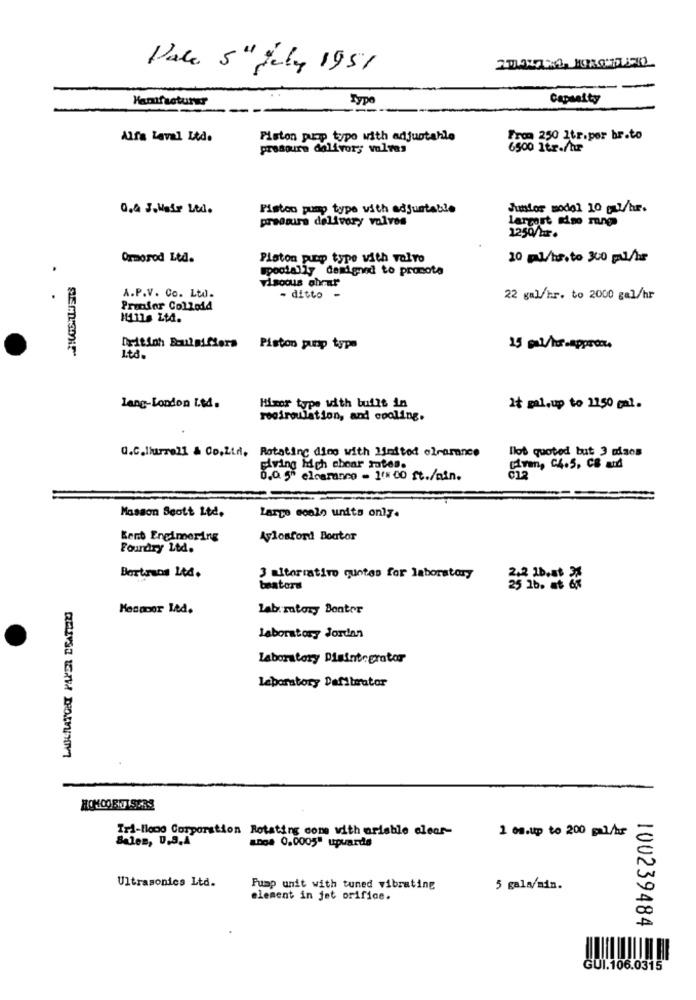
Pale 5" july 1951
-
Hanifacturar
Typo
Capsalty
Alfa Laval Ltd.
Piston pump type with adjuntahle
From 250 1tr.por br.to
prosours dalivor; valves
6500 1tr./h
0.& J.Hair Ltd.
Piston pump type with adjustable
Junior model 10 gul/hr.
predaura delivery volvos
largest ino mng
1250/hr.
Ormorod Ltd.
Platon pump type with volvo
20 ml/hs, to 300 pil/hr
.
specially designed to promote
viscous ahrar
A.P.V. Co. Ltd.
- ditto -
22 gal/hr. to 2000 gal/hr
Pronfor Colloid
1111s Ltd.
Dyitinh Boulmiflera Piston pump typ
25 mal/her-approx.
Ltd.
lang-London I.M.
Hixor type with built in
It mal.up to 1150 gal.
recirculation, and cooling.
O.C.lburrell & Co.Ltd, Rotating dies with limited clearance
lot quoted but 3 misos
Giving ich cboar rates.
Crm, C4.5, CB atd
6.0 5 clearance - 1000 ft./min.
Masson Scott Ltd.
Large scale units only.
Kent Eneimering
Aplosford Boutor
Foundry Ltd.
Bortasos L4d.
3 aitorrativo quotes for laboratory
2.2 1b,st
beatora
25 1b. at 6x
Hesapor Led.
lab.matory Bonter
laboratory Jordan
Laboratory Diaintegrator
laboratory Daliberator
Tri-llooo Corporation Rotating come with ariable clear-
1 os.up to 200 pal/br
Sales, 0.3.4
ange 0.0005" upwards
Ultrasonics Ltd.
Pump unit with tuned vibrating
5 gala/min.
element in jet orifice.
100239484
GUI.106.0315